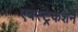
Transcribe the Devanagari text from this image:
एबस्ट्रेकशन